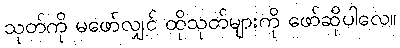
သုတ်ကို မဖော်လျှင် ထိုသုတ်များကို ဖော်ဆိုပါလေ။